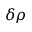
\delta \rho